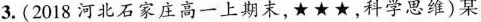
3.(2018河北石家庄高一上期末，★★★，科学思维)某